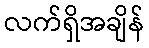
လက်ရှိအချိန်